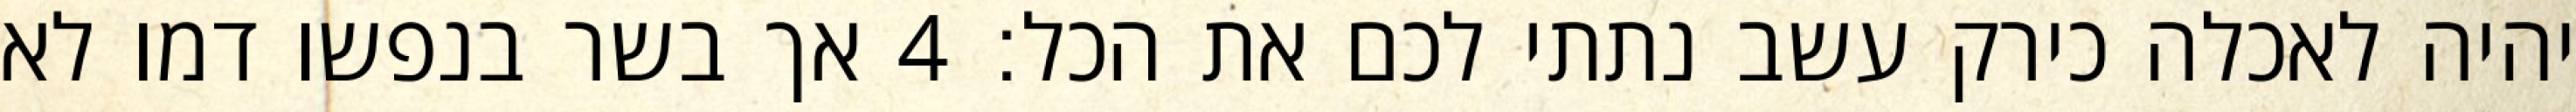
יהיה לאכלה כירק עשב נתתי לכם את הכל׃ ‎4‏ אך בשר בנפשו דמו לא